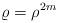
LaTeX: \begin{align*}\varrho =\rho ^{2m}\end{align*}